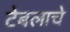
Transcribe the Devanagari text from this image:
टेबलाचे